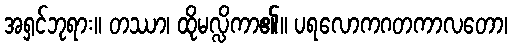
အရှင်ဘုရား။ တဿာ၊ ထိုမလ္လိကာ၏။ ပရလောကဂတကာလတော၊